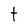
Character: t